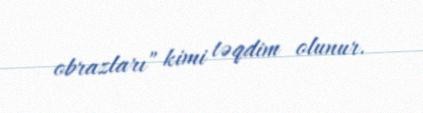
obrazları” kimi təqdim olunur.